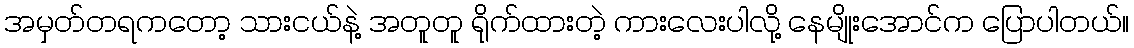
အမှတ်တရကတော့ သားငယ်နဲ့ အတူတူ ရိုက်ထားတဲ့ ကားလေးပါလို့ နေမျိုးအောင်က ပြောပါတယ်။